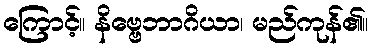
ကြောင့်။ နိဗ္ဗေဘာဂိယာ၊ မည်ကုန်၏။